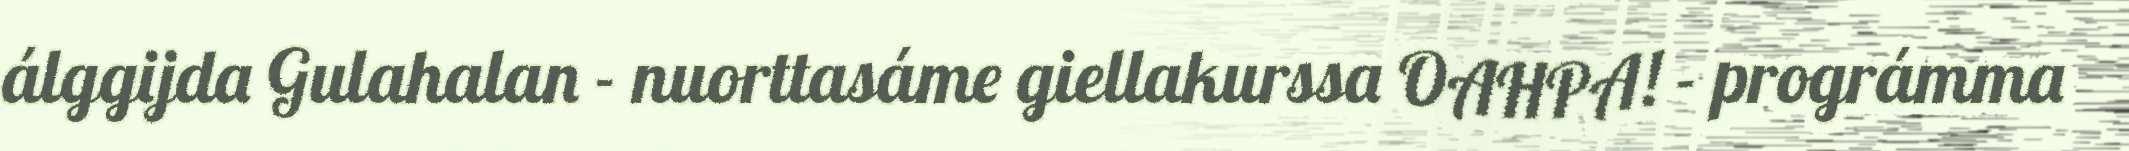
álggijda Gulahalan - nuorttasáme giellakurssa OAHPA! - prográmma